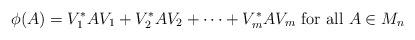
LaTeX: \begin{align*}\phi(A)=V_1^*AV_1+V_2^*AV_2+\cdots +V_m^*AV_m \mbox{ for all }A\in M_n\end{align*}